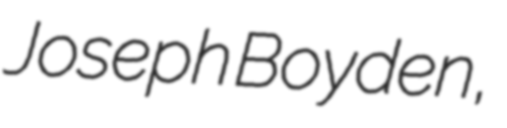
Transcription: Joseph Boyden,